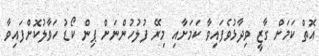
އޮތް ކަމަށް ގާޒީ ވިދާޅުވެފައިވާ ކަމަށާއި މިރޭ ފުލުހުންނަށް ޕިން ކޯޑު ހަވާލުކޮށްފައިވާ